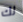
لك